画像に写った文字を読んでください
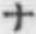
「ナ」と書いてあります